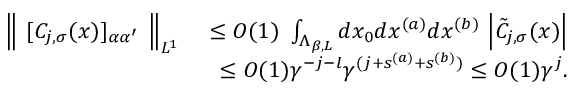
\begin{array} { r l r } & { } & { \Big \Vert \ [ C _ { j , \sigma } ( x ) ] _ { \alpha \alpha ^ { \prime } } \ \Big \Vert _ { L ^ { 1 } } \quad \le O ( 1 ) \ \int _ { \Lambda _ { \beta , L } } d x _ { 0 } d x ^ { ( a ) } d x ^ { ( b ) } \ \Big | \tilde { C } _ { j , \sigma } ( x ) \Big | } \\ & { } & { \quad \le O ( 1 ) \gamma ^ { - j - l } \gamma ^ { ( j + s ^ { ( a ) } + s ^ { ( b ) } ) } \le O ( 1 ) \gamma ^ { j } . } \end{array}